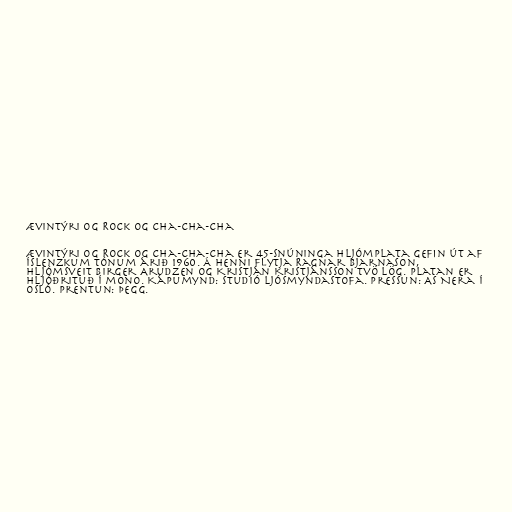
Ævintýri og Rock og cha-cha-cha

Ævintýri og Rock og cha-cha-cha er 45-snúninga hljómplata gefin út af
Íslenzkum tónum árið 1960. Á henni flytja Ragnar Bjarnason,
hljómsveit Birger Arudzen og Kristján Kristjánsson tvö lög. Platan er
hljóðrituð í mono. Kápumynd: Studió ljósmyndastofa. Pressun: AS Nera í
Osló. Prentun: ÞEGG.